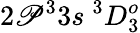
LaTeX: {2\mathscr{P}^{3}3s~^{3}D_{3}^{o}}